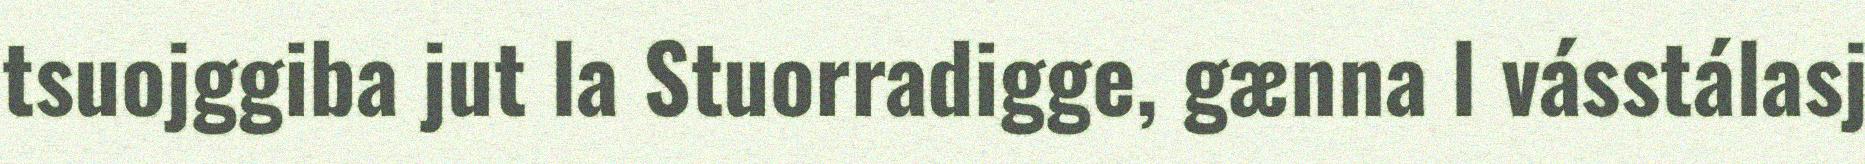
tsuojggiba jut la Stuorradigge, gænna l vásstálasj